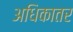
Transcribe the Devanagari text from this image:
अधिकातर